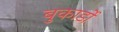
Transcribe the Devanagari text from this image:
बुकार्डो